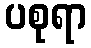
ပစုရာ